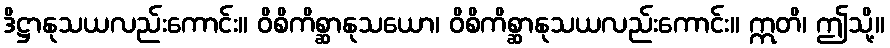
ဒိဋ္ဌာနုသယလည်းကောင်း။ ဝိစိကိစ္ဆာနုသယော၊ ဝိစိကိစ္ဆာနုသယလည်းကောင်း။ ဣတိ၊ ဤသို့။